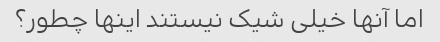
اما آنها خیلی شیک نیستند اینها چطور؟